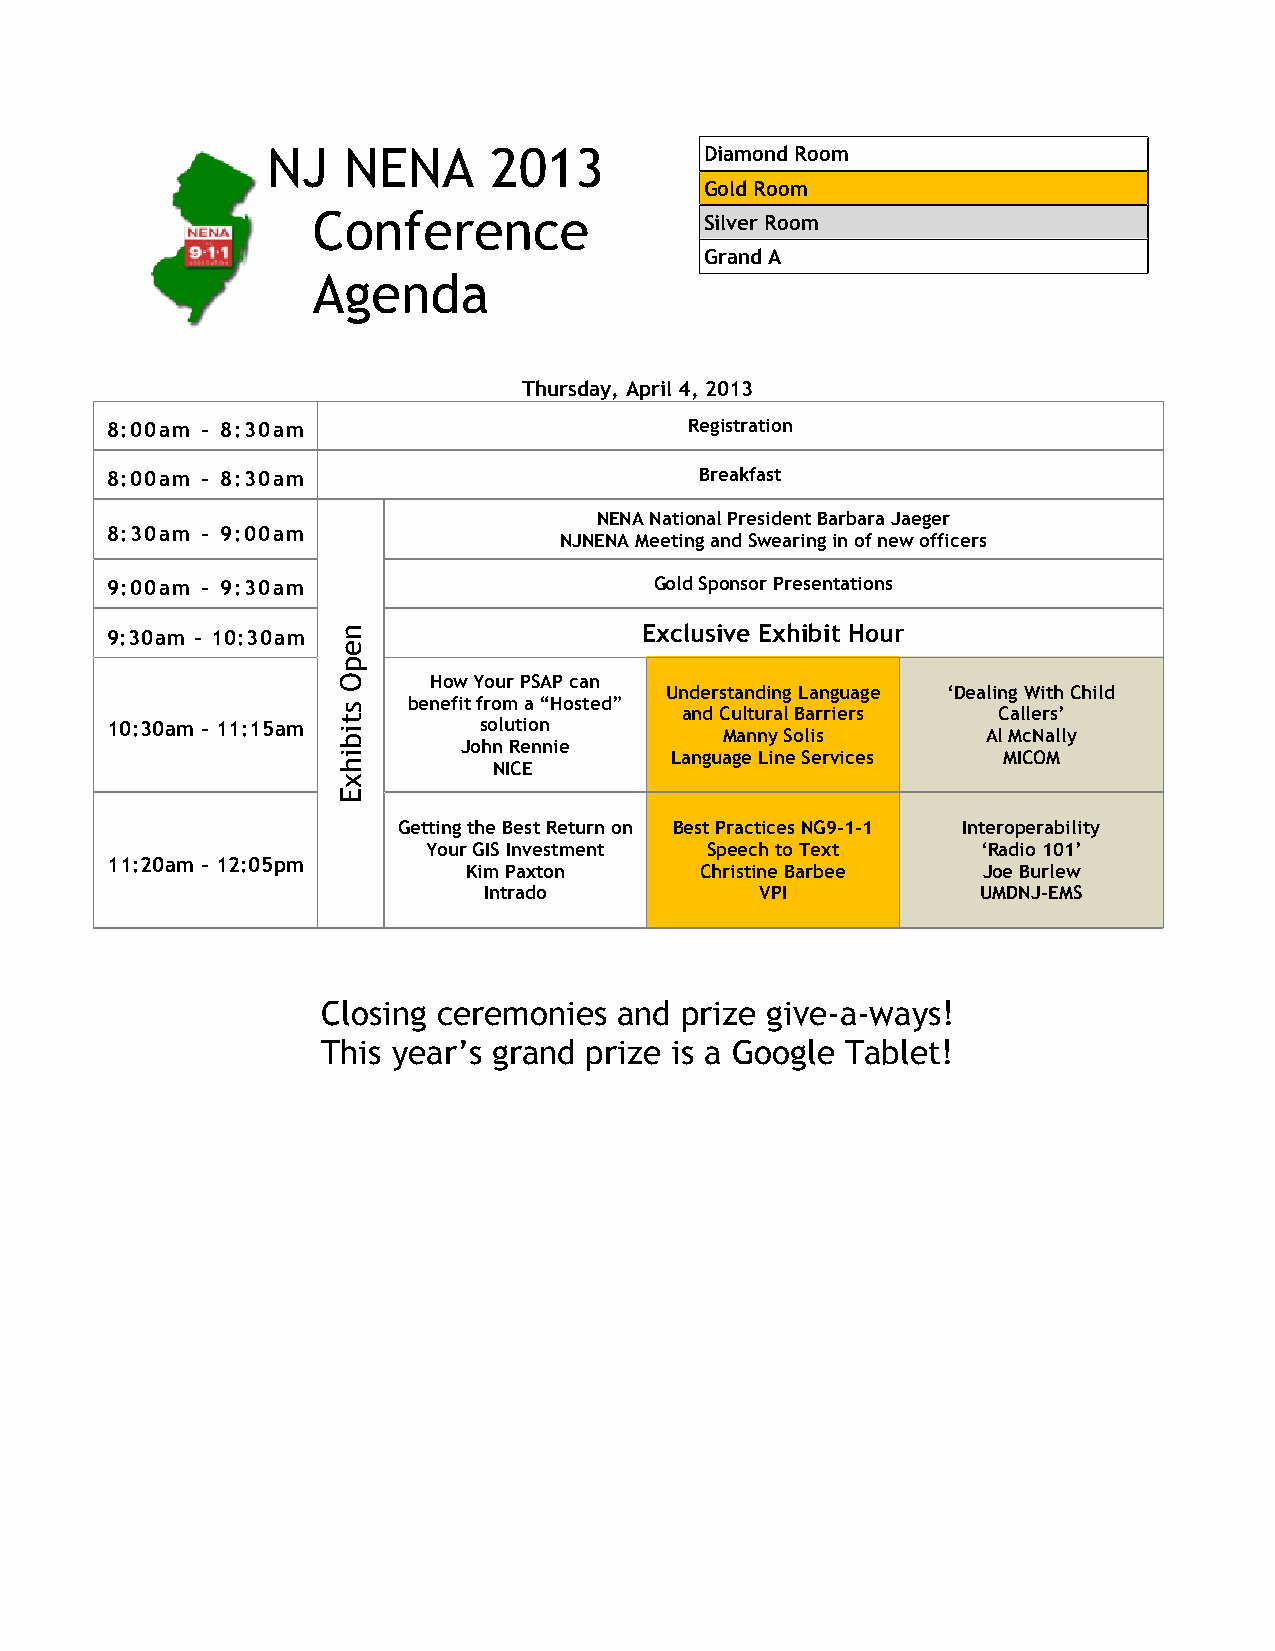
NJ   NENA     2013           Diamond Room
 Gold Room
 Conference                Silver Room
 Grand A
 Agenda
 Thursday, April 4, 2013
 8:00am – 8:30am                        Registration
 8:00am – 8:30am                        Breakfast
 NENA National President Barbara Jaeger
 8:30am – 9:00am
 NJNENA Meeting and Swearing in of new officers
 9:00am – 9:30am                     Gold Sponsor Presentations
 9:30am – 10:30am                    Exclusive Exhibit Hour
 How Your PSAP can
 Understanding Language ‘Dealing With Child
 benefit from a “Hosted” and Cultural Barriers Callers’
 10:30am – 11:15am        solution
 Manny Solis      Al McNally
 John Rennie
 Language Line Services MICOM
 NICE
 Getting the Best Return on Best Practices NG9-1-1 Interoperability
 Your GIS Investment Speech to Text   ‘Radio 101’
 11:20am – 12:05pm
 Kim Paxton     Christine Barbee   Joe Burlew
 Intrado           VPI            UMDNJ-EMS
 Closing ceremonies  and prize give-a-ways!
 This year’s grand prize is a Google Tablet!
 nepO
 stibihxE